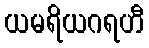
ယမရိယဂရဟီ